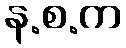
န.စ.က